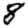
Digit: 8